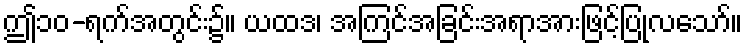
ဤ၁၀-ရက်အတွင်း၌။ ယထဒ၊ အကြင်အခြင်းအရာအားဖြင့်ပြုလသော်။